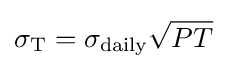
\sigma _{\text{T}}=\sigma _{\text{daily}}{\sqrt {PT}}